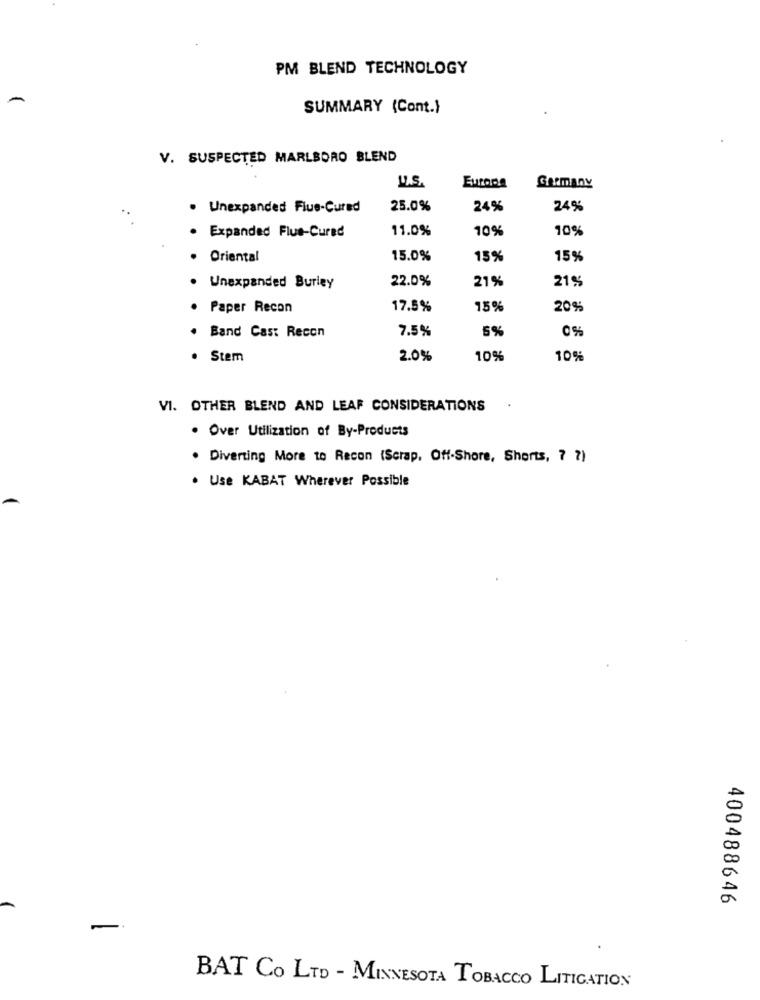
PM BLEND TECHNOLOGY
-
SUMMARY (Cont.)
V. SUSPECTED MARLBORO BLEND
U.S.
Europa
Germany
· Unexpanded Flue-Cured
25.0%
24%
24%
11.0%
10%
10%
Expanded Flue-Cured
Oriental
15.0%
15%
15%
22.0%
21%
21%
Unexpanded Burley
· Paper Recon
17.5%
15%
20%
7.5%
5%
0%
. Band Cast Recon
Stem
2.0%
10%
10%
VI. OTHER BLEND AND LEAF CONSIDERATIONS
. Over Utilization of By-Products
. Diverting More to Recon (Scrap, Off-Shore, Shorts, ? ? )
. Use KABAT Wherever Possible
400488646
-
BAT CO LTD - MINNESOTA TOBACCO LITIGATION